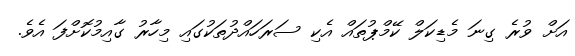
އަށް ވުރެ ގިނަ މެޑިކަލް ކޭމްޕުތައް އެކި ސަރަހައްދުތަކުގައި މިހާރު ގާއިމުކޮށްފަ އެވެ.